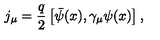
j _ { \mu } = \frac { q } { 2 } \left[ \bar { \psi } ( x ) , \gamma _ { \mu } \psi ( x ) \right] ,